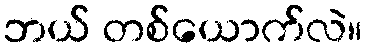
ဘယ် တစ်ယောက်လဲ။